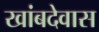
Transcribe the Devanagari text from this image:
खांबदेवास